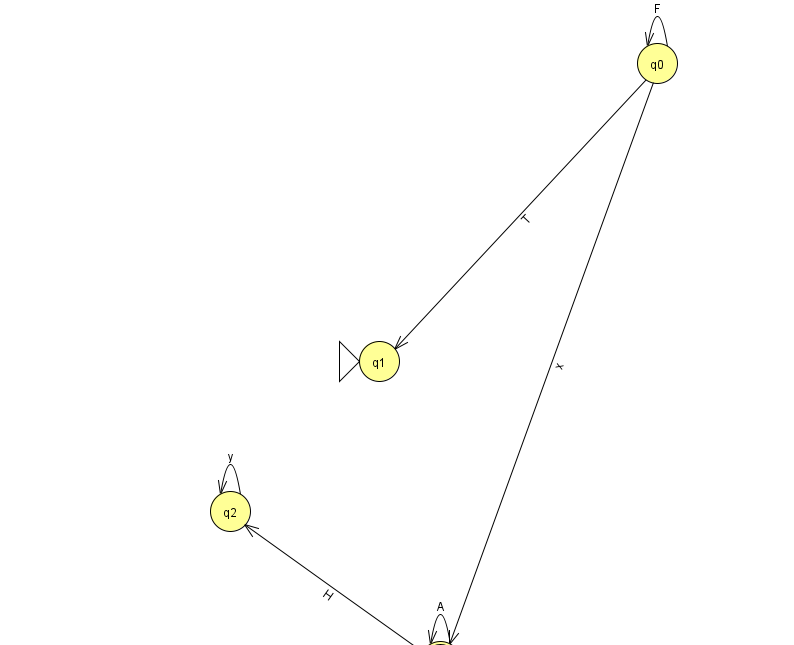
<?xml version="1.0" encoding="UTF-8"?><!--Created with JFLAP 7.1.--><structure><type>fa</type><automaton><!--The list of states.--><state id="0" name="q0"><x>657.0</x><y>50.0</y></state><state id="1" name="q1"><x>379.0</x><y>348.0</y><initial/></state><state id="2" name="q2"><x>230.0</x><y>498.0</y></state><state id="3" name="q3"><x>440.0</x><y>648.0</y><final/></state><!--The list of transitions.--><transition><from>3</from><to>3</to><read>A</read></transition><transition><from>0</from><to>0</to><read>F</read></transition><transition><from>2</from><to>2</to><read>y</read></transition><transition><from>0</from><to>1</to><read>T</read></transition><transition><from>0</from><to>3</to><read>x</read></transition><transition><from>3</from><to>2</to><read>H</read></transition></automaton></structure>